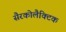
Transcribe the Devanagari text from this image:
सैरकोलैक्टिक